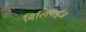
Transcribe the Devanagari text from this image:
बिलियर्ड्‌ज